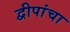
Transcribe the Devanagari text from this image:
द्वीपांचा